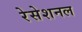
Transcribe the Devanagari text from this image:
रेसेशनल